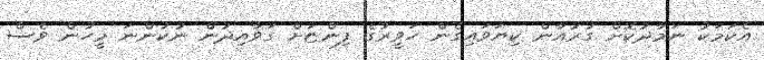
އެކަމަކު ނަމާދުކޮށް ގުރުއާން ކިޔަވައިގެން ހަވީރުގެ ފިންޏަށް ގަވާއިދުން ނުކުންނަ މީހުން ވެސް